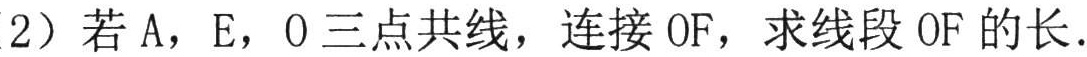
(2）若$\text{A}$，$\text{E}$，$\text{O}$三点共线，连接$\text{OF}$，求线段$\text{OF}$的长.